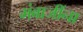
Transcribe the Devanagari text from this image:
मंबाजींना